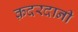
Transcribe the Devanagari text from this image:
क़दरदानी